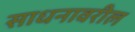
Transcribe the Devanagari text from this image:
साधनावरील